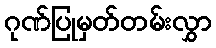
ဂုဏ်ပြုမှတ်တမ်းလွှာ